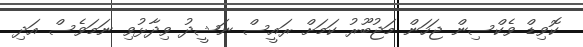
ކޮވިޑް ވެކްސިން ޖަހަން މަޖުބޫރު ކަމަށް ރައީސް ނަޝީދު ވިދާޅުވި ނަމަވެސް އަދި